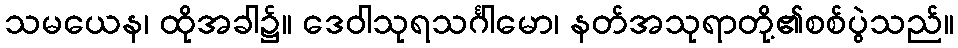
သမယေန၊ ထိုအခါ၌။ ဒေဝါသုရသင်္ဂါမော၊ နတ်အသုရာတို့၏စစ်ပွဲသည်။